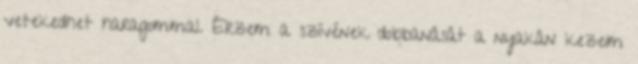
vetekedhet haragommal. Érzem a szívének dobbanását a nyakán kezeim